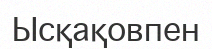
Ысқақовпен